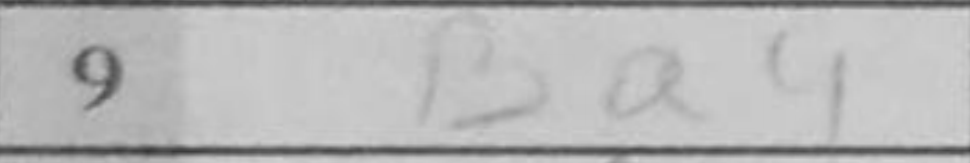
Transcription: Ba4